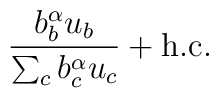
{b^\alpha_b u_b\over\sum_c b^\alpha_cu_c}+ {\rm h.c.}